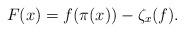
LaTeX: \begin{align*}F(x) = f(\pi(x)) - \zeta_{x}(f).\end{align*}